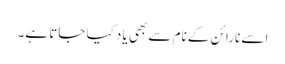
اسے نارائن کے نام سے بھی یاد کیا جاتا ہے۔